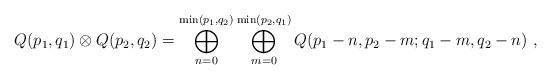
LaTeX: \begin{align*} Q(p_1,q_1)\otimes Q(p_2,q_2) = \bigoplus_{n=0}^{\min(p_1,q_2)}\bigoplus_{m=0}^{\min(p_2,q_1)} Q(p_1-n,p_2-m;q_1-m,q_2-n) \ ,\end{align*}